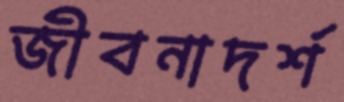
জীবনাদর্শ